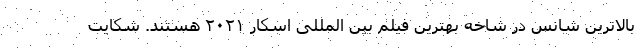
بالاترین شانس در شاخه بهترین فیلم بین المللی اسکار ۲۰۲۱ هستند. شکایت